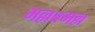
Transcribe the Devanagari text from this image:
मल्लवमल्ल